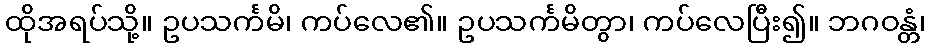
ထိုအရပ်သို့။ ဥပသင်္ကမိ၊ ကပ်လေ၏။ ဥပသင်္ကမိတွာ၊ ကပ်လေပြီး၍။ ဘဂဝန္တံ၊